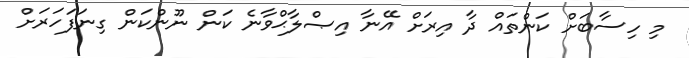
މި ހިސާބަށް ކަންތައް ދާ އިރަށް އޭނާ އިޞްލާޙްވާނެ ކަން ނޫންކަން ގިނަފަހަރަށް